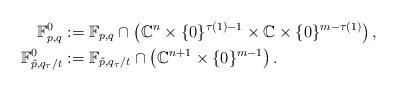
LaTeX: \begin{align*}\mathbb F^0_{p,q}&:=\mathbb F_{p,q}\cap\left(\mathbb C^n\times\{0\}^{\tau(1)-1}\times\mathbb C\times\{0\}^{m-\tau(1)}\right),\\\mathbb F^0_{\tilde p,q_{\tau}/t}&:=\mathbb F_{\tilde p,q_{\tau}/t}\cap\left(\mathbb C^{n+1}\times\{0\}^{m-1}\right).\end{align*}